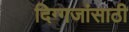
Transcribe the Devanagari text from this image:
दिग्गजांसाठी